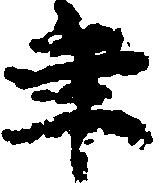
年